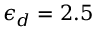
\epsilon _ { d } = 2 . 5